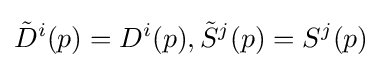
{\tilde {D}}^{i}(p)=D^{i}(p),{\tilde {S}}^{j}(p)=S^{j}(p)